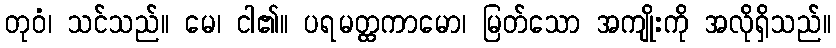
တုဝံ၊ သင်သည်။ မေ၊ ငါ၏။ ပရမတ္ထကာမော၊ မြတ်သော အကျိုးကို အလိုရှိသည်။